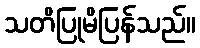
သတိပြုမိပြန်သည်။